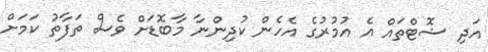
އަދި ޝޮޓްތައް އެ އުމުރުގެ އެހެން ކުދިންނާ މާބޮޑަށް ވެސް ތަފާތު ކަމަށް